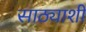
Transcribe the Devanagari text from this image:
साठ्याशी